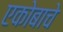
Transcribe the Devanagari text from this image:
एकोबाचे